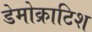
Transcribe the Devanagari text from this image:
डेमोक्राटिश